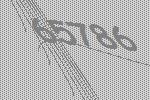
65786